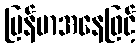
မြန်မာအနေဖြင့်